Vaccine operations Central Provinces 1868-1885 - 1868-1885
Year: 1868
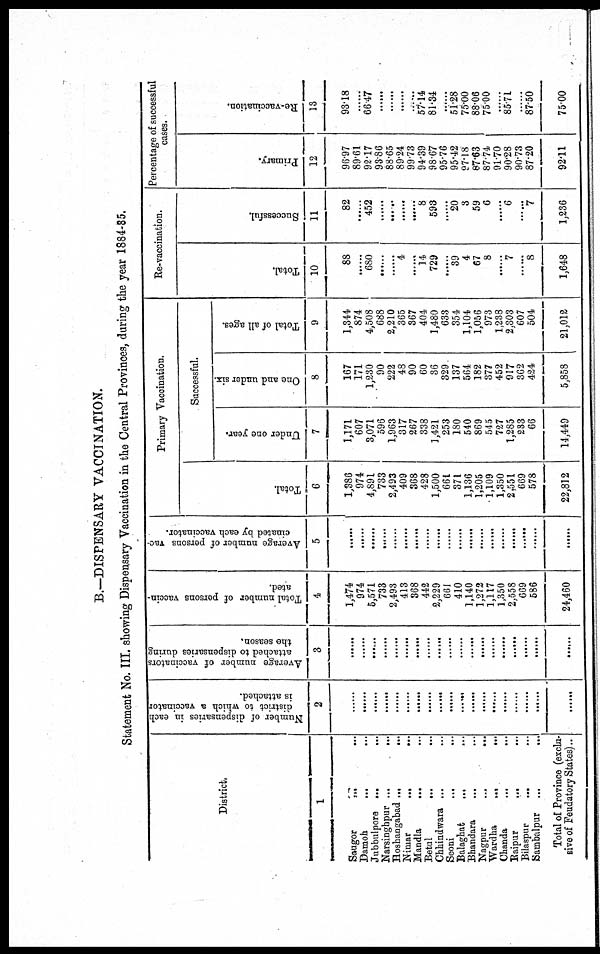
B.—DISPENSARY VACCINATION.
Statement No. III. showing Dispensary Vaccination in the Central Provinces, during the year 1884-85.
District.
1
Saugor ... ...
Damoh
...
...
Jubbulpore ...
...
Narsinghpur ...
...
Hoshangabad ...
...
Nimar
...
...
Mandla
... ...
Betul
... ...
Chhindwara ... ...
Seoni
...
...
Balaghat ... ...
Bhandara
... ...
Nagpur ... ...
Wardha
...
...
Chanda
...
...
Raipur ... ...
Bilaspur
... ...
Sambalpur ...
...
Total of Province (exclu-
sive of Feudatory States)..
Number of dispensaries in each
district to which a vaccinator
is attached.
2
......
......
......
......
......
......
......
.......
......
......
......
......
......
......
......
......
......
......
......
Average number of vaccinators
attached to dispensaries during
the season.
3
......
......
......
......
......
......
......
......
......
......
......
......
......
......
......
......
......
......
......
Total number of persons vaccin-
ated.
4
1,474
974
5,571
733
2,493
413
368
442
2,229
661
410
1,140
1,272
1,117
1,350
2,558
669
586
24,460
Average number of persons vac-
cinated by each vaccinator.
5
......
......
......
......
......
......
......
......
......
......
......
......
......
......
......
......
......
......
......
Primary Vaccination.
Total.
6
1,386
974
4,891
733
2,493
409
368
428
1,500
661
371
1,136
1,205
1,109
1,350
2,551
669
578
22,812
Successful.
Under one year.
7
1,171
607
3,071
596
1,963
317
267
338
1,421
253
180
540
869
545
727
1,285
233
66
14,449
One and under six.
8
167
171
1,230
90
222
48
90
60
36
329
137
564
182
377
452
917
362
424
5,858
Total of all ages.
9
1,344
874
4,508
688
2,210
365
367
404
1,480
633
354
1,104
1,056
973
1,238
2,303
607
504
21,012
Re-vaccination.
Total.
10
88
......
680
......
......
4
......
14
729
......
39
4
67
8
......
7
......
8
1,648
Successful.
11
82
......
452
......
......
......
......
8
593
......
20
3
59
6
......
6
......
7
1,236
Percentage of successful
cases.
Primary.
12
96.97
89.61
92.17
93.86
88.65
89.24
99.73
94.39
98.67
95.76
95.42
97.18
87.63
87.74
91.70
90.28
90.73
87.20
92.11
Re-vaccination.
13
93.18
......
66.47
......
......
......
......
57.14
81.34
......
51.28
75.00
88.06
75.00
......
85.71
......
87.50
75.00